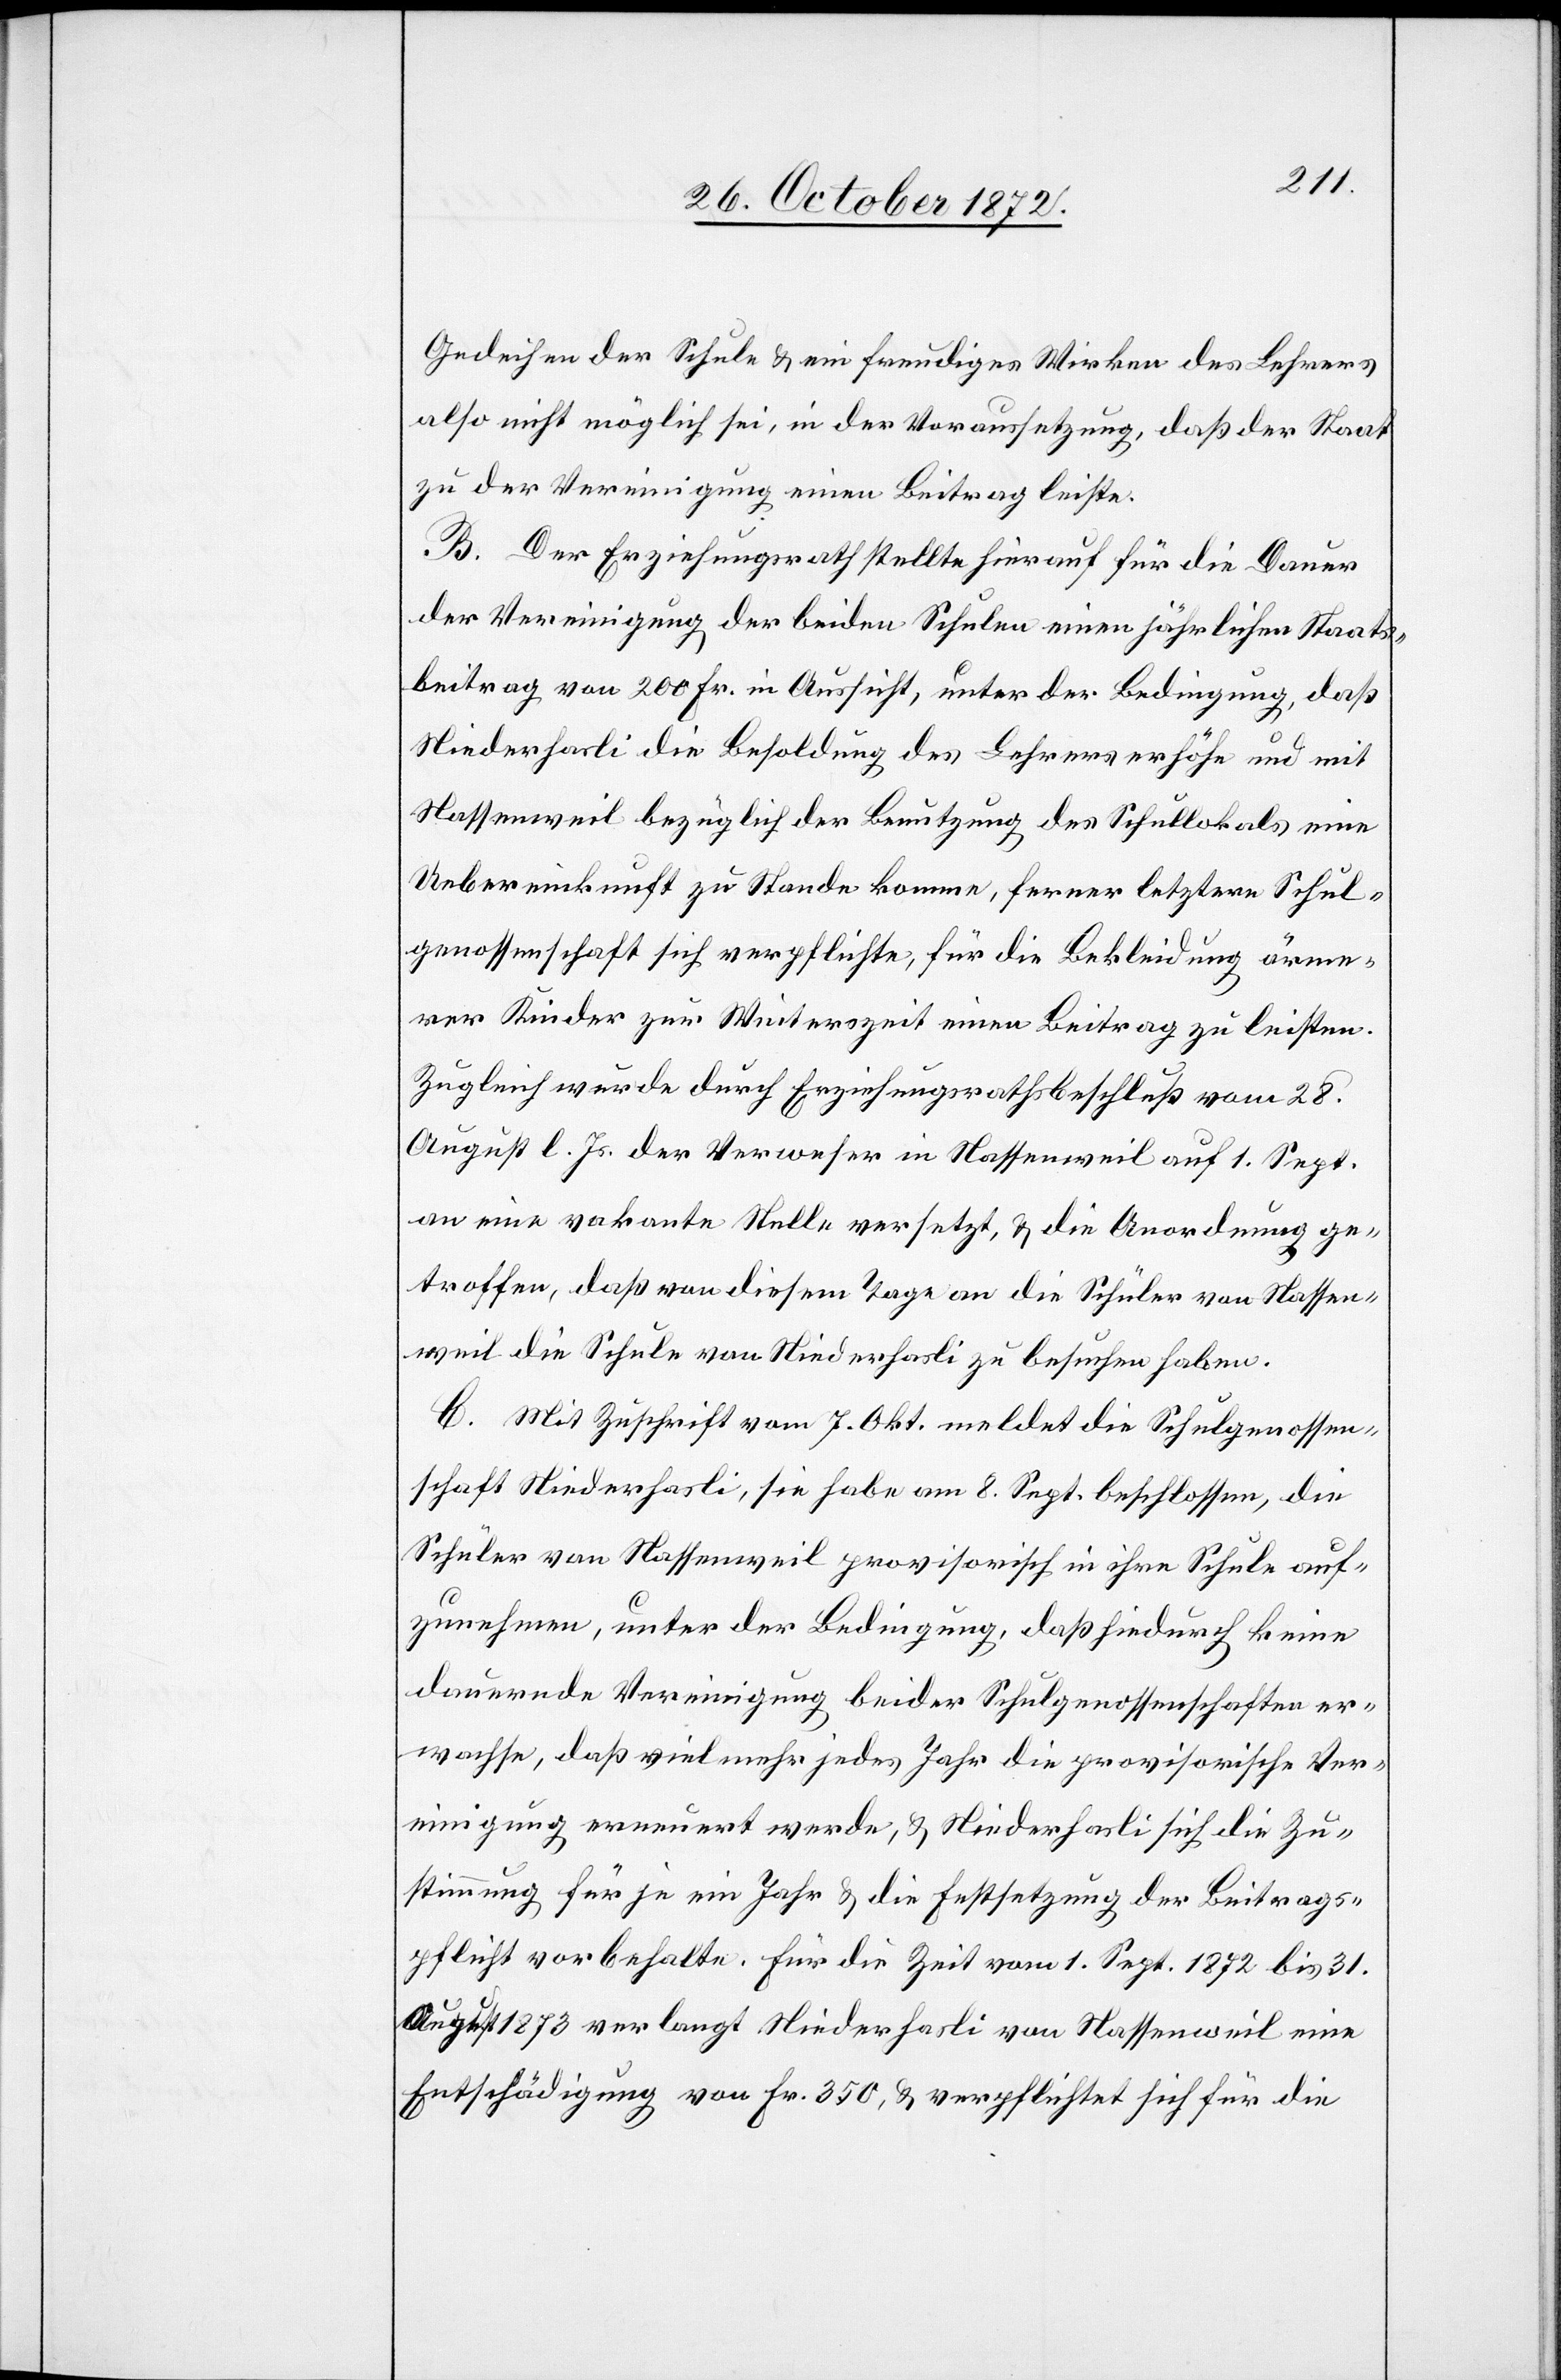
Gedeihen der Schule u. ein freudiges Wirken des Lehrers
also nicht möglich sei, in der Voraussetzung, daß der Staat
zu der Vereinigung einen Beitrag leiste.
B. Der Erziehungsrath stellte hierauf für die Dauer
der Vereinigung der beiden Schulen einen jährlichen Staats¬
beitrag von 200 Fr. in Aussicht, unter der Bedingung, daß
Niederhasli die Besoldung des Lehrers erhöhe und mit
Nassenweil bezüglich der Benutzung des Schullokals eine
Uebereinkunft zu Stande komme, ferner letztere Schul¬
genossenschaft sich verpflichte, für die Bekleidung ärme¬
rer Kinder zur Winterszeit einen Beitrag zu leisten.
Zugleich wurde durch Erziehungsrathsbeschluß vom 28.
August l. Js. der Verweser in Nassenweil auf 1. Sept.
an eine vakante Stelle versetzt, u. die Anordnung ge¬
troffen, daß von diesem Tage an die Schüler von Nassen¬
weil die Schule von Niederhasli zu besuchen haben.
C. Mit Zuschrift vom 7. Okt. meldet die Schulgenossen¬
schaft Niederhasli, sie habe am 8. Sept. beschlossen, die
Schüler von Nassenweil provisorisch in ihre Schule auf¬
zunehmen, unter der Bedingung, daß hiedurch keine
dauernde Vereinigung beider Schulgenossenschaften er¬
wachse, daß vielmehr jedes Jahr die provisorische Ver¬
einigung erneuert werde, u. Niederhasli sich die Zu¬
stimmung für je ein Jahr u. die Festsetzung der Beitrags¬
pflicht vorbehalte. Für die Zeit vom 1. Sept. 1872 bis 31.
August 1873 verlangt Niederhasli von Nassenweil eine
Entschädigung von Fr. 350, u. verpflichtet sich für die